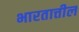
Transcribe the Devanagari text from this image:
भारतात्तील